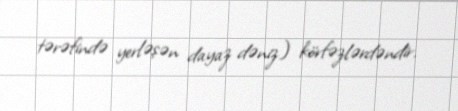
tərəfində yerləşən dayaz dəniz) körfəzlərdəndir.